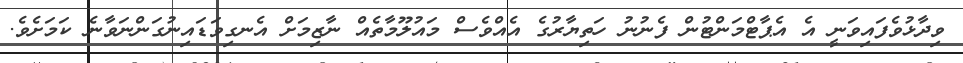
ވިދާޅުވެފައިވަނީ އެ އެޕާޓްމަންޓުން ފެނުނު ހަތިޔާރުގެ އެއްވެސް މައުލޫމާތެއް ނާޒިމަށް އެނގިވަޑައިނުގަންނަވާނެ ކަމަށެވެ.